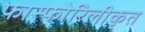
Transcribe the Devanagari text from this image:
फास्फोरिलीकृत